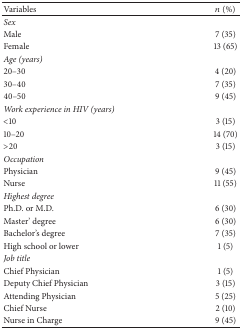
| Variables | n (%) |
 | --- | --- |
 | Sex |  |
 | Male | 7 (35) |
 | Female | 13 (65) |
 | Age (years) |  |
 | 20–30 | 4 (20) |
 | 30–40 | 7 (35) |
 | 40–50 | 9 (45) |
 | Work experience in HIV (years) |  |
 | <10 | 3 (15) |
 | 10–20 | 14 (70) |
 | >20 | 3 (15) |
 | Occupation |  |
 | Physician | 9 (45) |
 | Nurse | 11 (55) |
 | Highest degree |  |
 | Ph.D. or M.D. | 6 (30) |
 | Master' degree | 6 (30) |
 | Bachelor's degree | 7 (35) |
 | High school or lower | 1 (5) |
 | Job title |  |
 | Chief Physician | 1 (5) |
 | Deputy Chief Physician | 3 (15) |
 | Attending Physician | 5 (25) |
 | Chief Nurse | 2 (10) |
 | Nurse in Charge | 9 (45) |